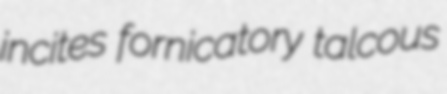
incites fornicatory talcous